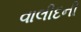
વાલીદની